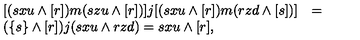
\begin{array} { l l l } { [ ( s x u \wedge [ r ] ) m ( s z u \wedge [ r ] ) ] j [ ( s x u \wedge [ r ] ) m ( r z d \wedge [ s ] ) ] } & { = } & { } \\ { ( \{ s \} \wedge [ r ] ) j ( s x u \wedge r z d ) = s x u \wedge [ r ] , } & { } & { } \\ \end{array}